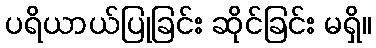
ပရိယာယ်ပြုခြင်း ဆိုင်ခြင်း မရှိ။